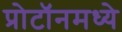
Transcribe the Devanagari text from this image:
प्रोटॉनमध्ये